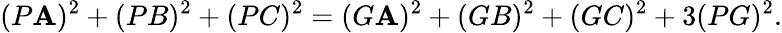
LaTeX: (P\mathbf{A})^{2}+(PB)^{2}+(PC)^{2}=(G\mathbf{A})^{2}+(GB)^{2}+(GC)^{2}+3(PG)^{2}.